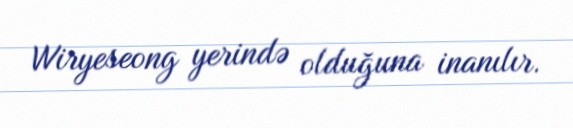
Wiryeseong yerində olduğuna inanılır.